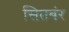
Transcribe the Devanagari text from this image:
सितबंर